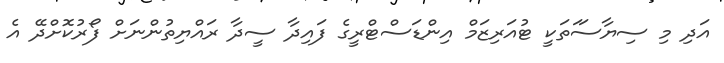
އަދި މި ސިޔާސަަތަކީ ޓުއަރިޒަމް އިންޑަސްޓްރީގެ ފައިދާ ސީދާ ރައްޔިތުންނަށް ފޯރުކޮށްދޭ އެ